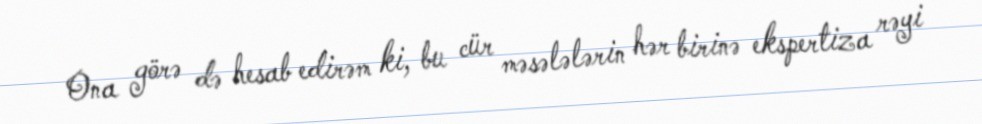
Ona görə də hesab edirəm ki, bu cür məsələlərin hər birinə ekspertiza rəyi